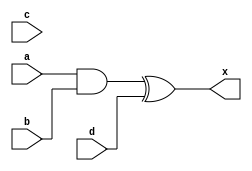
module lab2Bbehavioral(a, b, c, d, x);
    input a,b,c,d;
    output x;
    reg g1, g2, g3;
    reg x;


    always@(a, b, c, d)
        begin
            g1 = a & b;
            g2 = c ~| g1;
            x = g1^d;
        end


endmodule

module testBench;
    reg a, b,c,d;
    wire x;
    initial
    begin
    $display ("a  b  c  d  x ");
            a= 1'b0;
            b= 1'b0;
            c= 1'b0;
            d= 1'b0;
            #15 $finish;
    end
    always #8 a= ~a;
    always #4 b= ~b;
    always #2 c= ~c;
    always #1 d= ~d;

    lab2Bbehavioral U1 (a,b,c,d,x);
    initial
    $monitor("%d  %d  %d %d  %d", a , b, c, d, x);

endmodule